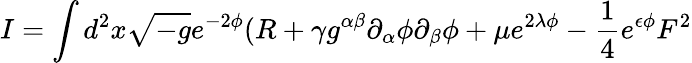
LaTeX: I=\int d^{2}x\sqrt{-g}e^{-2\phi}(R+\gamma g^{\alpha\beta}\partial_{\alpha}\phi\partial_{\beta}{\phi}+\mu e^{2\lambda\phi}-\frac{1}{4}e^{\epsilon\phi}F^{2}